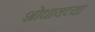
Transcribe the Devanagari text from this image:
शोधायच्या